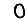
Digit: 0